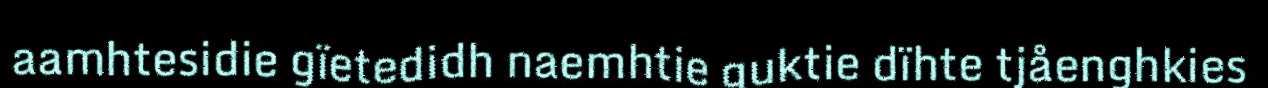
aamhtesidie gïetedidh naemhtie guktie dïhte tjåenghkies